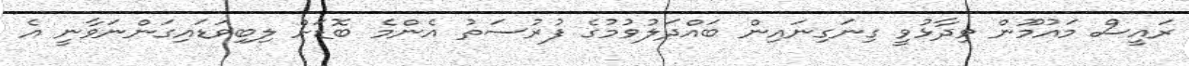
ރައީސް މައުމޫން ވިދާޅުވީ ގިނަގިނައިން ބައްދަލުވުމުގެ ފުރުސަތު އެންމެ ބޮޑަށް ލިބިވަޑައިގަންނަވާނީ އެ